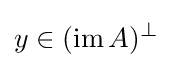
y\in (\operatorname {im} A)^{\perp }